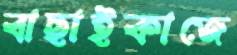
বাছাইকাজে